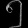
Digit: ၅